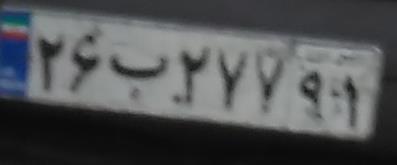
۲۶ب۲۷۷۹۱